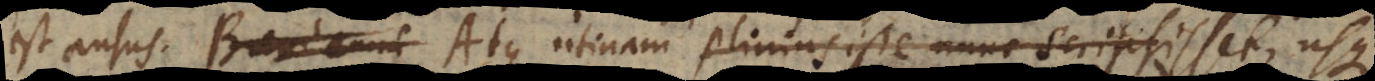
t ausus. Atque utinam Plinius iste nunc scripsisset, plura